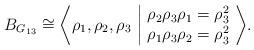
LaTeX: \begin{align*}B_{G_{13}}\cong\bigg\langle \rho_1, \rho_2, \rho_3 \ \bigg\vert\ \begin{matrix}\rho_2 \rho_3 \rho_1 = \rho_3^2\\\rho_1 \rho_3 \rho_2=\rho_3^2\end{matrix} \ \bigg\rangle.\end{align*}